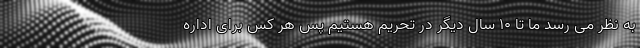
به نظر می رسد ما تا ۱۰ سال دیگر در تحریم هستیم پس هر کس برای اداره